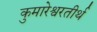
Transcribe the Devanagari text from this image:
कुमारेश्वरतीर्थ